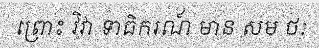
ព្រោះ វិវា ទាធិករណ៍ មាន សម ថៈ